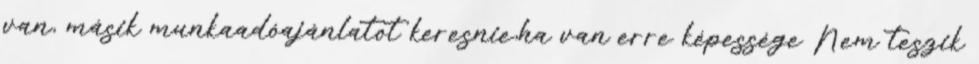
van, másik munkaadóajánlatot keresnie,ha van erre képessége Nem teszik